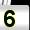
Digit: 5